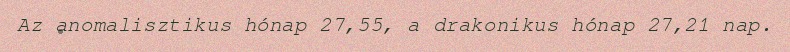
Az anomalisztikus hónap 27,55, a drakonikus hónap 27,21 nap.